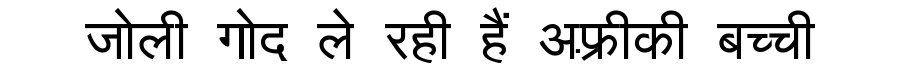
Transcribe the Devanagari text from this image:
जोली गोद ले रही हैं अफ़्रीकी बच्ची